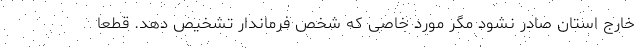
خارج استان صادر نشود مگر مورد خاصی که شخص فرماندار تشخیص دهد. قطعا